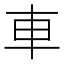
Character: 車